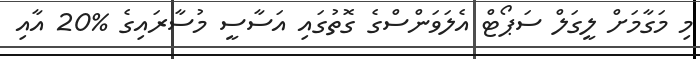
މި މަގާމަށް ލީގަލް ސަޕޯޓް އެލަވަންސްގެ ގޮތުގައި އަސާސީ މުސާރައިގެ %20 އާއި